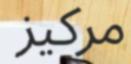
مركيز